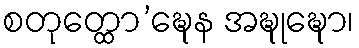
စတုတ္ထော’ဍ္ဎေန အဍ္ဎုဍ္ဎော၊